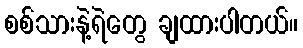
စစ်သားနဲ့ရဲတွေ ချထားပါတယ်။